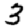
Digit: 3